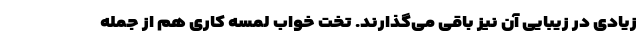
زیادی در زیبایی آن نیز باقی می‌گذارند. تخت خواب لمسه کاری هم از جمله